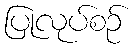
ပြုလုပ်စဉ်